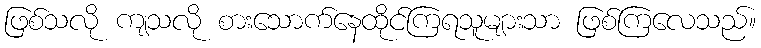
ဖြစ်သလို ကျသလို စားသောက်နေထိုင်ကြရသူများသာ ဖြစ်ကြလေသည်။